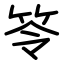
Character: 笭